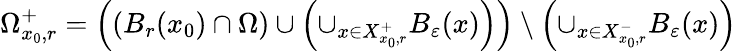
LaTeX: \Omega_{x_{0},r}^{+}=\left(\left(B_{r}(x_{0})\cap\Omega\right)\cup\left(\cup_{x\in X_{x_{0},r}^{+}}B_{\varepsilon}(x)\right)\right)\setminus\left(\cup_{x\in X_{x_{0},r}^{-}}B_{\varepsilon}(x)\right)